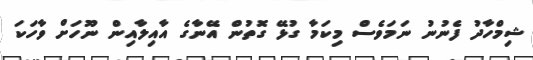
ޝިމްހާދު ފެނުނު ނަމަވެސް މިކަމާ ގުޅޭ ގޮތުން އޭނާގެ އާއިލާއިން ނޫހަށް ވާހަކަ